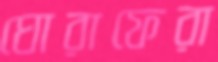
ঘোরাফেরা